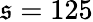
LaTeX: \mathfrak{s}=125